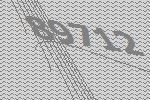
89712